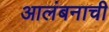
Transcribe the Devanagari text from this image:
आलंबनाची